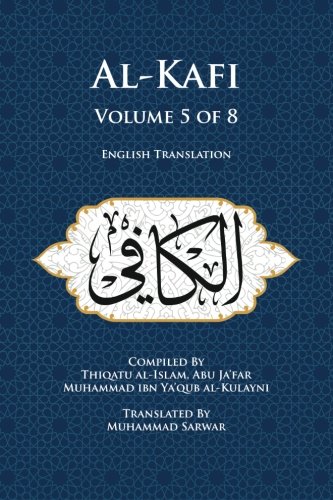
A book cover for Al-Kafi, Volume 5 of 8: English Translation; Thiqatu al-Islam, Abu Ja'far Muhammad ibn Ya'qub al-Kulayni; Religion & Spirituality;